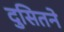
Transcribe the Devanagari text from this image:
दुसितने